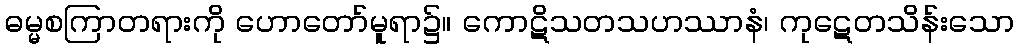
ဓမ္မစကြာတရားကို ဟောတော်မူရာ၌။ ကောဋိသတသဟဿာနံ၊ ကုဋေတသိန်းသော